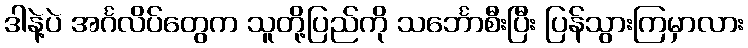
ဒါနဲ့ပဲ အင်္ဂလိပ်တွေက သူတို့ပြည်ကို သင်္ဘောစီးပြီး ပြန်သွားကြမှာလား